画像に写った文字を読んでください
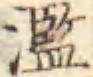
「濫」と書いてあります